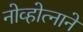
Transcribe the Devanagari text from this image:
नोव्होत्नाने